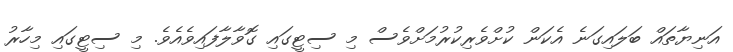
އަނިޔާތައް ބަލައިގަނެ އެކަން ކުށްވެރިކުރުމަށްވެސް މި ސިޓީގައި ގޮވާލާފައިވެއެވެ. މި ސިޓީގައި މިހާރު